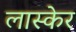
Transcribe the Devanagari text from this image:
लास्केर